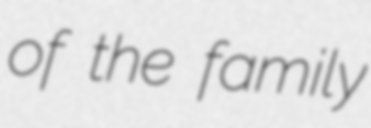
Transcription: of the family